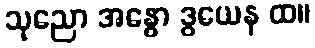
သုညော အန္ဓော ဒွယေန ထ။